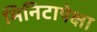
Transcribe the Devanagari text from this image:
मिनिटापेक्षा